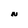
Character: N